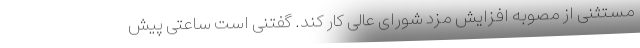
مستثنی از مصوبه افزایش مزد شورای عالی کار کند. گفتنی است ساعتی پیش